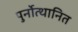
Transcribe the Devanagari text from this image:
पुर्नोत्थानित